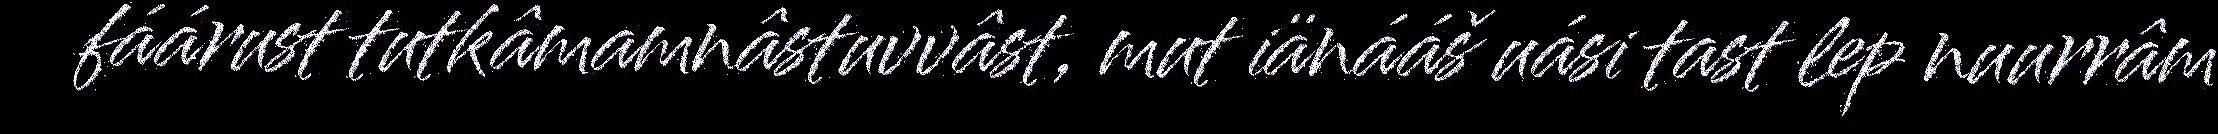
fáárust tutkâmamnâstuvvâst, mut iänááš uási tast lep nuurrâm